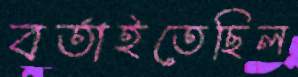
বর্তাইতেছিল